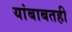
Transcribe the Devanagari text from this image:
यांबाबतही